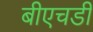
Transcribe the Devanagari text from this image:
बीएचडी